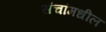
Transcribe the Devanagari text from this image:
संचांमधील